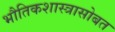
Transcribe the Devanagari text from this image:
भौतिकशास्त्रासोबत